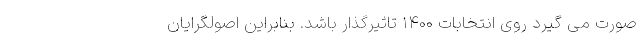
صورت می گیرد روی انتخابات ۱۴۰۰ تاثیرگذار باشد. بنابراین اصولگرایان